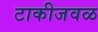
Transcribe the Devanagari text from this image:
टाकीजवळ